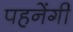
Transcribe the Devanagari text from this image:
पहनेंगी